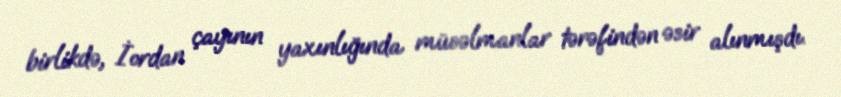
birlikdə, İordan çayının yaxınlığında müsəlmanlar tərəfindən əsir alınmışdı.